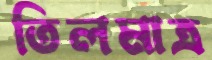
তিলমাত্র